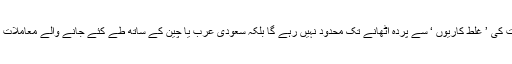
امید کی جاتی ہے کہ یہ وعدہ صرف سابقہ حکومت کی ’ غلط کاریوں ‘ سے پردہ اٹھانے تک محدود نہیں رہے گا بلکہ سعودی عرب یا چین کے ساتھ طے کئے جانے والے معاملات کے بارے میں بھی عوام کو باخبر رکھا جائے گا۔